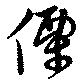
傈